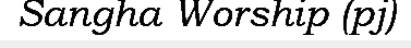
Sangha Worship (pj)